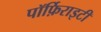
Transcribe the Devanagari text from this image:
पॉर्फ़िराइटी